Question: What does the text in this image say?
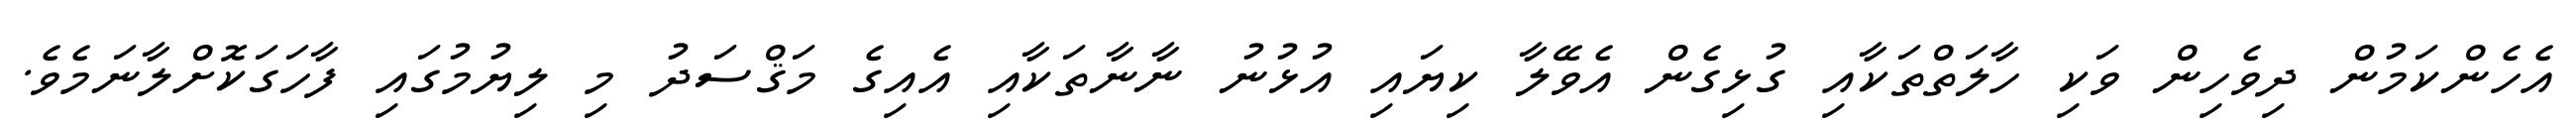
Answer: އެހެންކަމުން ދިވެހިން ވަކި ހާލަތްތަކާއި ގުޅިގެން އެވޭލާ ކިޔައި އުޅުނު ނާނާތަކާއި އެއިގެ މަޤްސަދު މި ލިޔުމުގައި ފާހަގަކޮށްލާނަމެވެ.